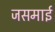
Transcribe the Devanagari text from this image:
जसमाई